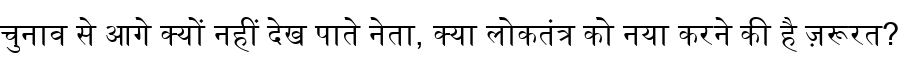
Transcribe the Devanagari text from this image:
चुनाव से आगे क्यों नहीं देख पाते नेता, क्या लोकतंत्र को नया करने की है ज़रूरत?